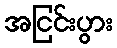
အငြင်းပွား